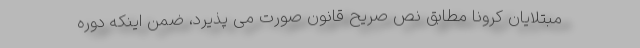
مبتلایان کرونا مطابق نص صریح قانون صورت می پذیرد، ضمن اینکه دوره